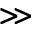
\gg